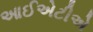
આઈએટીએ